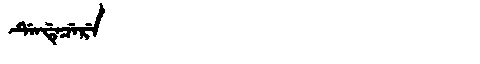
Manchu: ᡩᡝᠨᡩᡝᠴᡝᡵᡝ
Romanization: DENDECERE